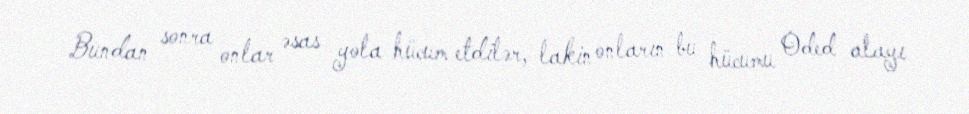
Bundan sonra onlar əsas yola hücum etdilər, lakin onların bu hücumu Oded alayı